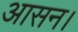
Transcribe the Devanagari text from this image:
आसन।